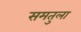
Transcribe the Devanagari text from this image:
समतुला